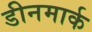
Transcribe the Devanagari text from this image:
डीनमार्क